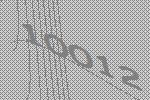
10012